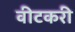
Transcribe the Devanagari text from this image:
वीटकरी